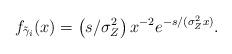
LaTeX: \begin{align*}f_{\tilde{\gamma}_i}(x) = \left(s/\sigma_{Z}^2\right) x^{-2} e^{-s/(\sigma_{Z}^2 x)}.\end{align*}